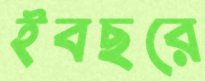
ইবছরে